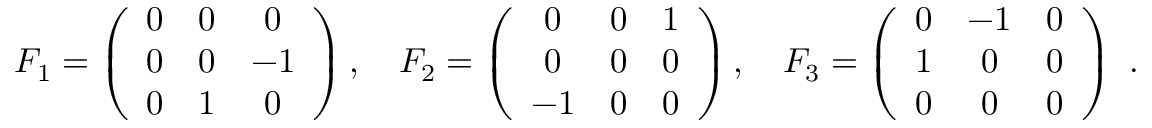
F _ { 1 } = \left( { \begin{array} { c c c } { 0 } & { 0 } & { 0 } \\ { 0 } & { 0 } & { - 1 } \\ { 0 } & { 1 } & { 0 } \end{array} } \right) , \quad F _ { 2 } = \left( { \begin{array} { c c c } { 0 } & { 0 } & { 1 } \\ { 0 } & { 0 } & { 0 } \\ { - 1 } & { 0 } & { 0 } \end{array} } \right) , \quad F _ { 3 } = \left( { \begin{array} { c c c } { 0 } & { - 1 } & { 0 } \\ { 1 } & { 0 } & { 0 } \\ { 0 } & { 0 } & { 0 } \end{array} } \right) ~ . \quad